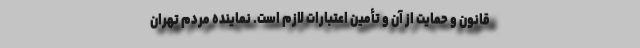
قانون و حمایت از آن و تأمین اعتبارات لازم است. نماینده مردم تهران